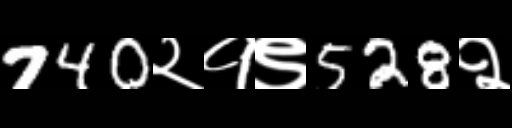
Text: 740२१९528२